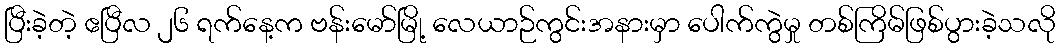
ပြီးခဲ့တဲ့ ဧပြီလ ၂၆ ရက်နေ့က ဗန်းမော်မြို့ လေယာဉ်ကွင်းအနားမှာ ပေါက်ကွဲမှု တစ်ကြိမ်ဖြစ်ပွားခဲ့သလို